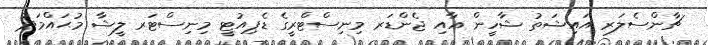
ޗާންސެލަރ އައިޝަތު ޝާހީން އާއި ޖެންޑަރ މިނިސްޓްރީގެ ޑެޕިއުޓީ މިނިސްޓަރ ލީޝާ މުޙައްމަދު